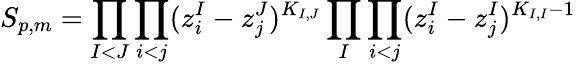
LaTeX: S_{p,m}=\prod_{I<J}\prod_{i<j}(z_{i}^{I}-z_{j}^{J})^{K_{I,J}}\prod_{I}\prod_{i<j}(z_{i}^{I}-z_{j}^{I})^{K_{I,I}-1}